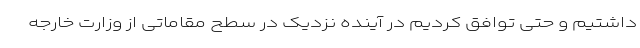
داشتیم و حتی توافق کردیم در آینده نزدیک در سطح مقاماتی از وزارت خارجه